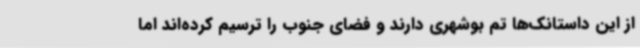
از این داستانک‌ها تم بوشهری دارند و فضای جنوب را ترسیم کرده‌اند اما